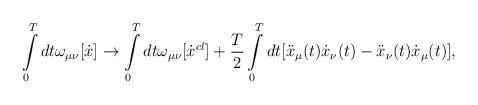
LaTeX: \begin{align*}\int\limits_0^T{dt}\omega_{\mu \nu}[\dot x]\to \int\limits_0^T{dt\omega_{\mu \nu}}[\dot x^{cl}]+\frac{T}{2}\int\limits_0^T {dt[\ddot x_\mu}(t)\dot x_\nu(t) - \ddot x_\nu(t)\dot x_\mu(t)],\end{align*}